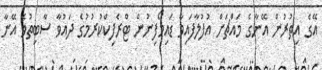
އޭގެ އިތުރުން އޭނާގެ މައްޗަށް އުފުލާފައިވާ ޑައިމޯފިނުން ޓްރެފިކްކުރުމުގެ ދައުވާ ސާބިތުވެ އޭނާ